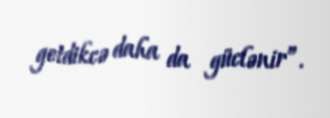
getdikcə daha da güclənir”.